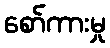
စော်ကားမှု